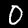
Digit: 0